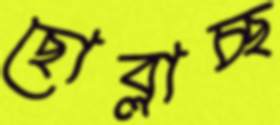
ছোব্‌লাচ্ছ